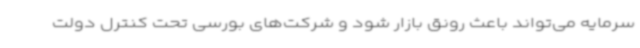
سرمایه می‌تواند باعث رونق بازار شود و شرکت‌های بورسی تحت کنترل دولت